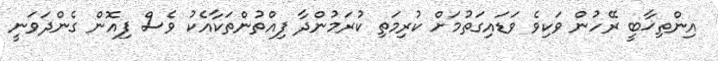
އިންތިޚާބީ ރޭހުން ވަކިވެ ވަޑައިގަތުމަށް ކުރިމަތި ކުރަމުންދާ ފިއްތުންތަކާއެކު ވެސް ފިއޮން ގެންދަވަނީ